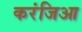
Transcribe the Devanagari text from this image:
करंजिआ